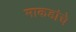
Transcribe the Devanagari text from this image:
माकडांचे